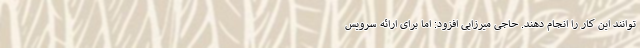
توانند این کار را انجام دهند. حاجی میرزایی افزود: اما برای ارائه سرویس